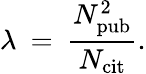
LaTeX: \lambda\: =\: \frac{N_{\mathrm{pub}}^{2}}{N_{\mathrm{cit}}}.